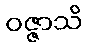
ဝဇ္ဇာသိ